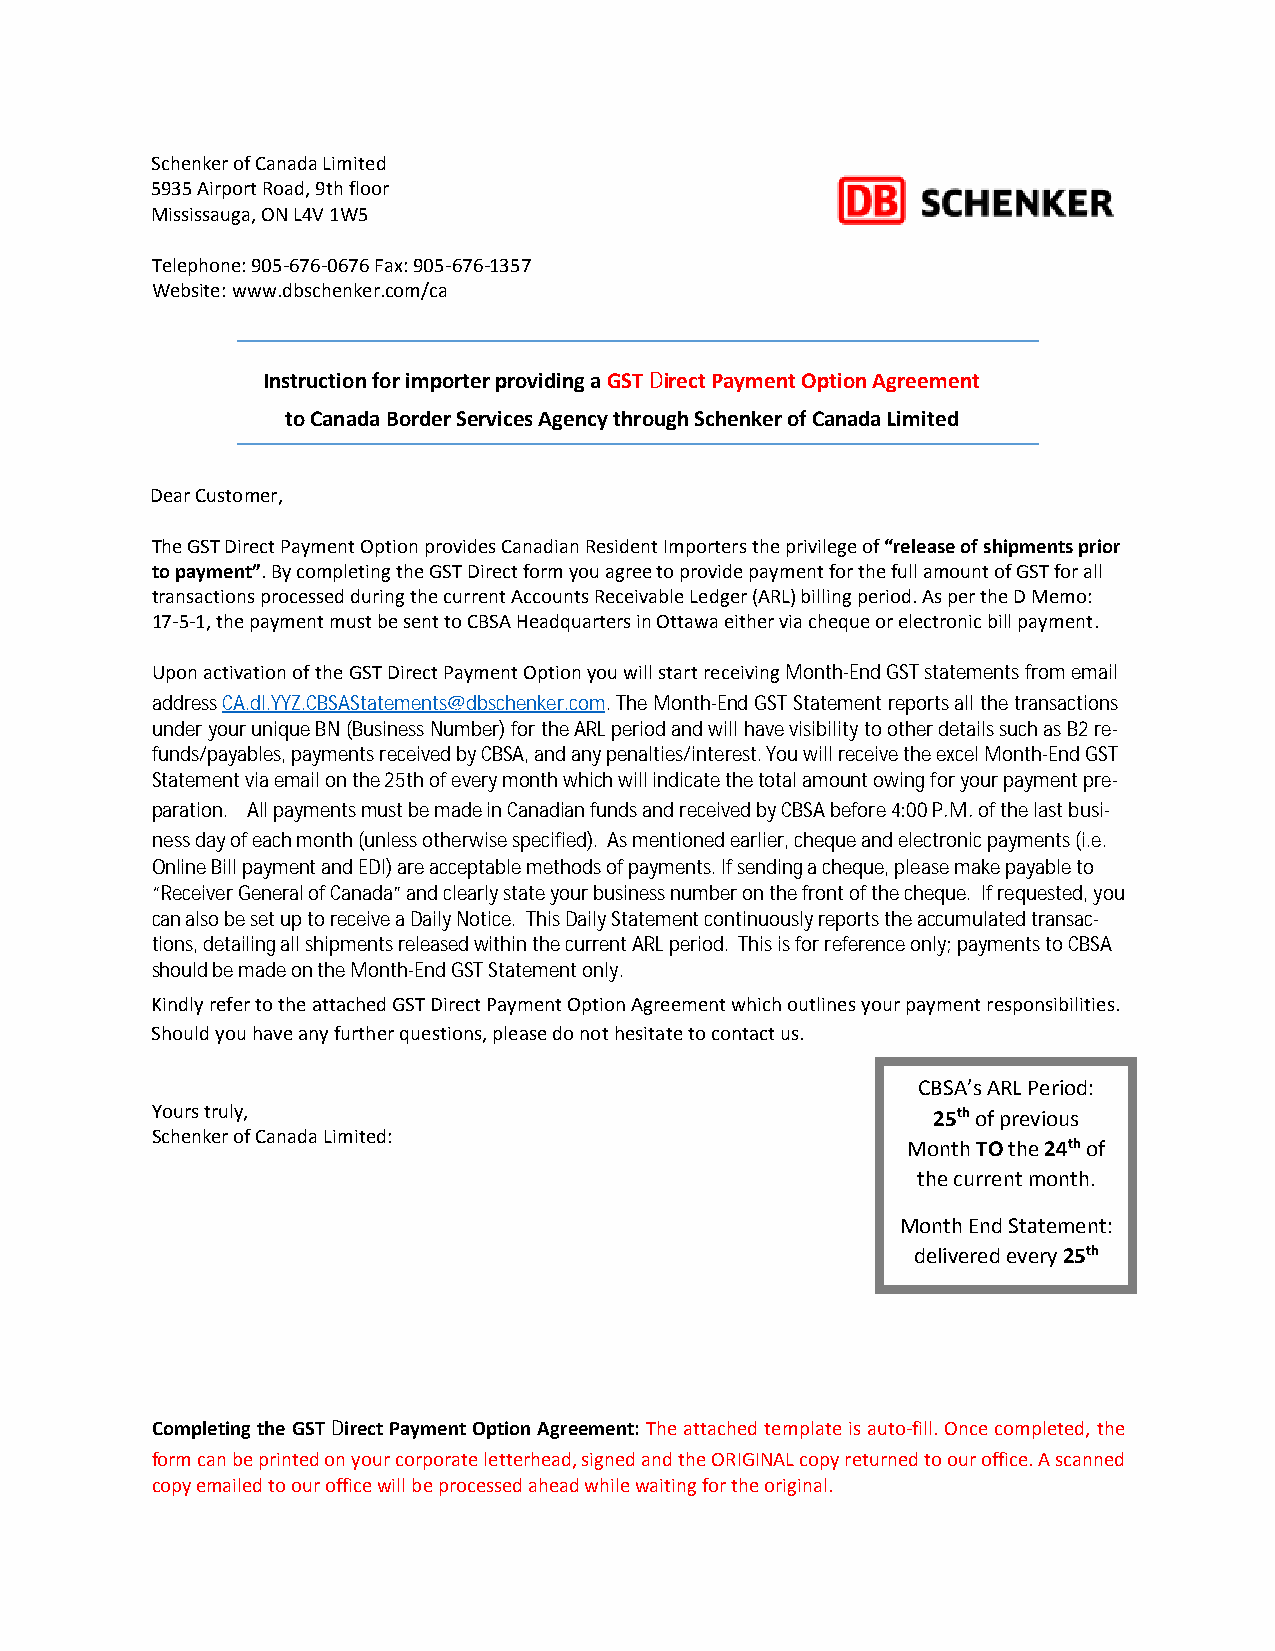
Schenker of Canada Limited
 5935 Airport Road, 9th floor
 Mississauga, ON L4V 1W5
 Telephone: 905-676-0676 Fax: 905-676-1357
 Website: www.dbschenker.com/ca
 Instruction for importer providing a GST Direct Payment Option Agreement
 to Canada Border Services Agency through Schenker of Canada Limited
 Dear Customer,
 The GST Direct Payment Option provides Canadian Resident Importers the privilege of “release of shipments prior
 to payment”. By completing the GST Direct form you agree to provide payment for the full amount of GST for all
 transactions processed during the current Accounts Receivable Ledger (ARL) billing period. As per the D Memo:
 17-5-1, the payment must be sent to CBSA Headquarters in Ottawa either via cheque or electronic bill payment.
 Upon activation of the GST Direct Payment Option you will start receiving Month-End GST statements from email
 address CA.dl.YYZ.CBSAStatements@dbschenker.com. The Month-End GST Statement reports all the transactions
 under your unique BN (Business Number) for the ARL period and will have visibility to other details such as B2 re-
 funds/payables, payments received by CBSA, and any penalties/interest. You will receive the excel Month-End GST
 Statement via email on the 25th of every month which will indicate the total amount owing for your payment pre-
 paration. All payments must be made in Canadian funds and received by CBSA before 4:00 P.M. of the last busi-
 ness day of each month (unless otherwise specified). As mentioned earlier, cheque and electronic payments (i.e.
 Online Bill payment and EDI) are acceptable methods of payments. If sending a cheque, please make payable to
 “Receiver General of Canada” and clearly state your business number on the front of the cheque. If requested, you
 can also be set up to receive a Daily Notice. This Daily Statement continuously reports the accumulated transac-
 tions, detailing all shipments released within the current ARL period. This is for reference only; payments to CBSA
 should be made on the Month-End GST Statement only.
 Kindly refer to the attached GST Direct Payment Option Agreement which outlines your payment responsibilities.
 Should you have any further questions, please do not hesitate to contact us.
 CBSA’s ARL Period:
 Yours truly,                                        25th of previous
 Schenker of Canada Limited:
 Month TO the 24th of
 the current month.
 Month End Statement:
 delivered every 25th
 Completing the GST Direct Payment Option Agreement: The attached template is auto-fill. Once completed, the
 form can be printed on your corporate letterhead, signed and the ORIGINAL copy returned to our office. A scanned
 copy emailed to our office will be processed ahead while waiting for the original.